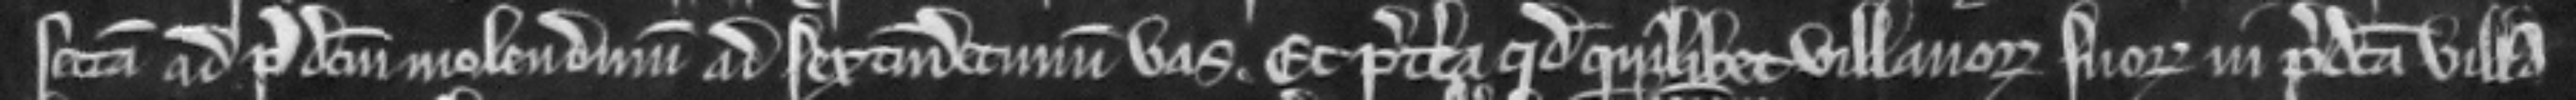
sectam ad predictum molendinum ad sextumdecimum vas. Et preterea quod quilibet villanorum suorum in predicta villa